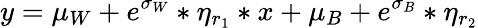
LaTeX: y=\mu_{W}+e^{\sigma_{W}}*\eta_{r_{1}}*x+\mu_{B}+e^{\sigma_{B}}*\eta_{r_{2}}